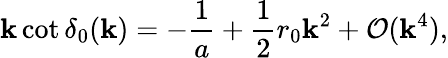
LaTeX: \mathbf{k}\cot\delta_{0}(\mathbf{k})=-\frac{{1}}{{a}}+\frac{{1}}{{2}}r_{0}\mathbf{k}^{2}+\mathcal{{O}}(\mathbf{k}^{4}),